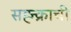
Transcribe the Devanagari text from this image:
सह्न्क्राची